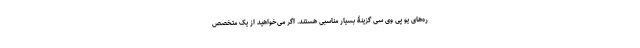
ره‌های یو پی وی سی گزینۀ بسیار مناسبی هستند. اگر می‌خواهید از یک متخصص